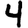
Digit: 4